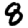
Digit: 8